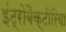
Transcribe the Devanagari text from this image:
इंट्रोबैक्टीरिया